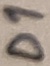
Text: D1